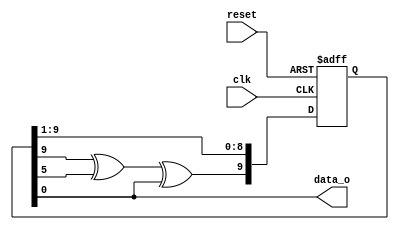
module M_sequence #(parameter N = 9)(
    input wire clk, 
    input wire reset,
    output wire data_o
);    
    reg [N:0] shift_reg;

//    wire feedback = shift_reg[4] ^ shift_reg[3] ^ shift_reg[0];   //N = 4    
    wire feedback = shift_reg[9] ^ shift_reg[5] ^ shift_reg[0]; //N=9
                        
    always @(posedge clk, posedge reset) begin 
        if (reset) begin
            shift_reg <= 1;
        end else begin
            shift_reg <= {feedback,shift_reg[N:1]};
        end
    end
    
    assign data_o = shift_reg[0];
endmodule